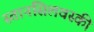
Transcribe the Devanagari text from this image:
स्तानसिलवस्की